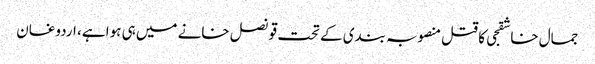
جمال خاشقجی کا قتل منصوبہ بندی کے تحت قونصل خانے میں ہی ہوا ہے، اردوغان